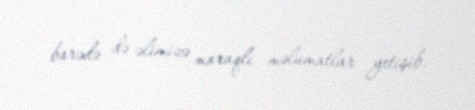
barədə də əlimizə maraqlı məlumatlar yetişib.